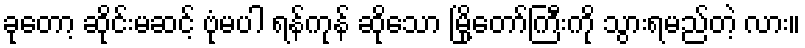
ခုတော့ ဆိုင်းမဆင့် ဗုံမပါ ရန်ကုန် ဆိုသော မြို့တော်ကြီးကို သွားရမည်တဲ့ လား။